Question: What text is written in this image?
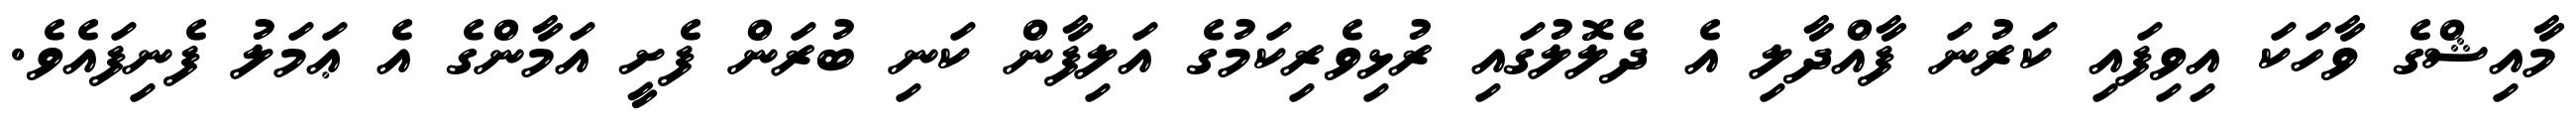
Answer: މާއިޝްގެ ވާހަކަ އިވިފައި ކަރުނަ ފާއްދާލި އެ ދެލޮލުގައި ރުޅިވެރިކަމުގެ އަލިފާން ކަނި ބުރަން ފެށީ އަމާންގެ އެ ޢަމަލު ފެނިފައެވެ.